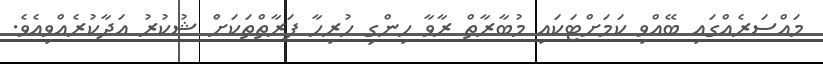
މައްސަރެއްގައި ބޭއްވި ކަމަށްޓަކައި މުބާރާތް ރާވާ ހިންގި ހުރިހާ ފަރާތްތަކަށް ޝުކުރު އަދާކުރެއްވިއެވެ.